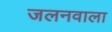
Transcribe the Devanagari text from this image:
जलनवाला